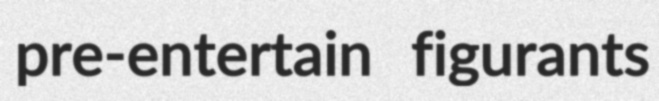
pre-entertain figurants